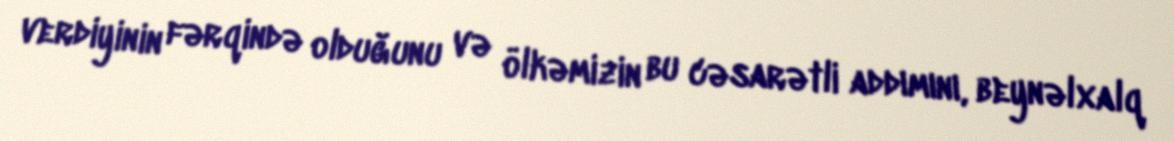
verdiyinin fərqində olduğunu və ölkəmizin bu cəsarətli addımını, beynəlxalq